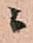
ニ